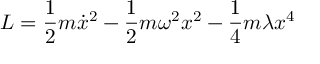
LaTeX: L = \frac 1 2 m \dot { x } ^ { 2 } - \frac 1 2 m { \omega } ^ { 2 } x ^ { 2 } - \frac 1 4 m \lambda x ^ { 4 }